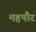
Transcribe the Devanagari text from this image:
महपौर